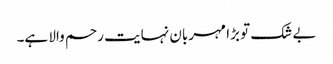
بے شک تو بڑا مہربان نہایت رحم والا ہے۔